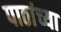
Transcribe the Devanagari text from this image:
पाठांच्या